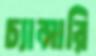
চ্যান্সারি